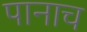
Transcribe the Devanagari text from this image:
पानाच